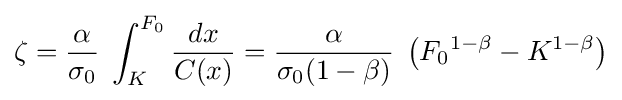
\zeta ={\frac {\alpha }{\sigma _{0}}}\;\int _{K}^{F_{0}}{\frac {dx}{C(x)}}={\frac {\alpha }{\sigma _{0}(1-\beta )}}\;\left(F_{0}{}^{1-\beta }-K^{1-\beta }\right)